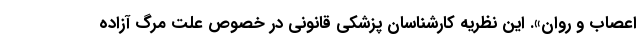
اعصاب و روان». این نظریه کارشناسان پزشکی قانونی در خصوص علت مرگ آزاده